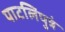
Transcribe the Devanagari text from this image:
पाटलिपुत्रं